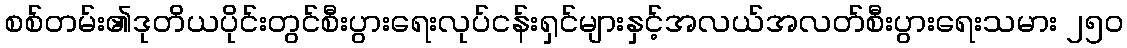
စစ်တမ်း၏ဒုတိယပိုင်းတွင်စီးပွားရေးလုပ်ငန်းရှင်များနှင့်အလယ်အလတ်စီးပွားရေးသမား ၂၅၀